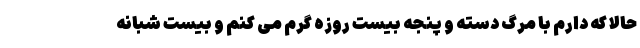
حالا که دارم با مرگ دسته و پنجه بیست روزه گرم می کنم و بیست شبانه